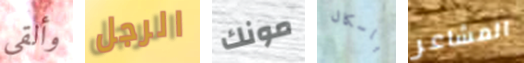
وألقي الرجل مونك باسكال المشاعر